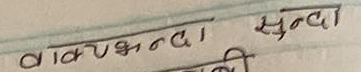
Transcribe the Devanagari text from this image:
वाक्षन्दा सुन्दा